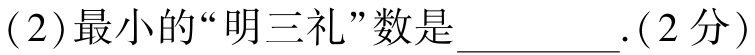
(2)最小的“明三礼”数是__________.(2分)